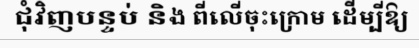
ជុំវិញបន្ទប់ និង ពីលើចុះក្រោម ដើម្បីឱ្យ